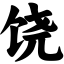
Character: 饶